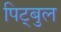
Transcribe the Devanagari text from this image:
पिट्बुल